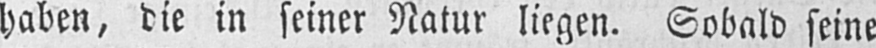
haben, die in seiner Natur liegen. Sobald seine